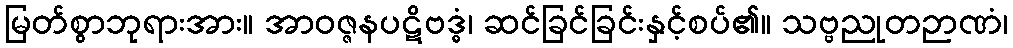
မြတ်စွာဘုရားအား။ အာဝဇ္ဇနပဋိဗဒ္ဓံ၊ ဆင်ခြင်ခြင်းနှင့်စပ်၏။ သဗ္ဗညုတဉာဏံ၊